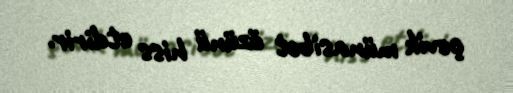
çevik münasibət özünü hiss etdirir.